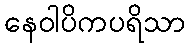
နေဝါပိကပရိသာ